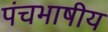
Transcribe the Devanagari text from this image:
पंचभाषीय